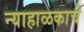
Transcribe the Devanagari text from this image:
न्याहाळकाचे